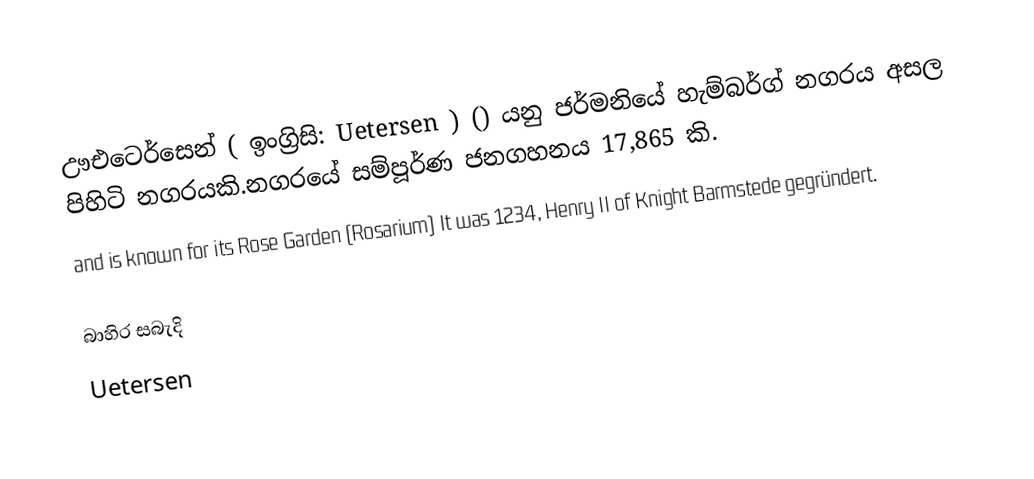
ඌඑටෙර්සෙන් ( ඉංග්‍රිසි: Uetersen ) () යනු ජර්මනියේ හැම්බර්ග් නගරය අසල පිහිටි නගරයකි.නගරයේ සම්පූර්ණ ජනගහනය 17,865 කි.
and is known for its Rose Garden (Rosarium) It was 1234, Henry II of Knight Barmstede gegründert.

බාහිර සබැදි
 Uetersen